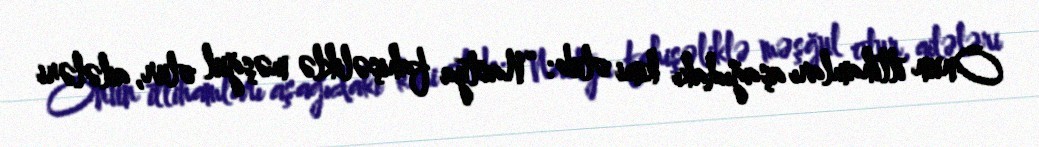
Onun ittihamları aşağıdakı kimi olub: “Nastya fahişəliklə məşğul olur, ailələri